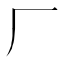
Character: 厂